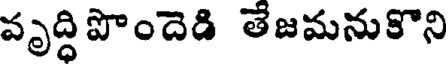
వృద్ధిపొందెడి తేజమనుకొని